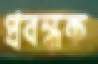
প্রবন্ধক